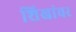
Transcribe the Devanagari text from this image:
शिखांवर